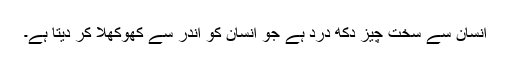
انسان سے سخت چیز دکھ درد ہے جو انسان کو اندر سے کھوکھلا کر دیتا ہے۔